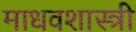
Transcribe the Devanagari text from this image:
माधवशास्त्री